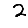
Digit: 2